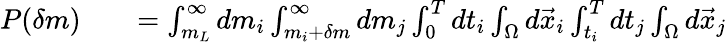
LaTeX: \begin{array}{rlr}{P(\delta m)}&{{}}&{=\int_{m_{L}}^{\infty}dm_{i}\int_{m_{i}+\delta m}^{\infty}dm_{j}\int_{0}^{T}dt_{i}\int_{\Omega}d\vec{x}_{i}\int_{t_{i}}^{T}dt_{j}\int_{\Omega}d\vec{x}_{j}}\end{array}